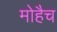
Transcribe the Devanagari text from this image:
मोहैच